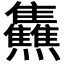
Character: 𤓬